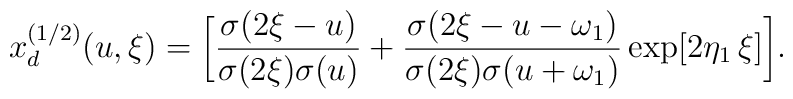
x_d^{(1/2)}(u,\xi)=\biggl[{\sigma(2\xi-u)   \over{\sigma(2\xi)   \sigma(u)}}   +{\sigma(2\xi-u-\omega_{1})   \over{\sigma(2\xi)   \sigma(u+\omega_{1})}}   \exp[2\eta_{1}\,\xi]\biggr].